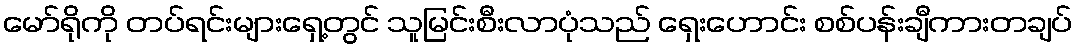
မော်ရိုကို တပ်ရင်းများရှေ့တွင် သူမြင်းစီးလာပုံသည် ရှေးဟောင်း စစ်ပန်းချီကားတချပ်